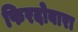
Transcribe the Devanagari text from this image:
फिरदोबारा